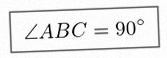
\angle ABC=90^\circ